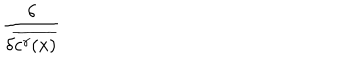
LaTeX: \frac { \delta } { \delta \overline { { { c ^ { \gamma } ( x ) } } } }